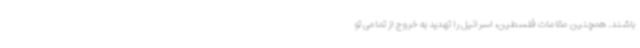
باشند. همچنین مقامات فلسطین، اسرائیل را تهدید به خروج از تمامی تو